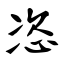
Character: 恣